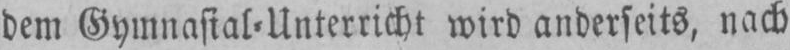
dem Gymnasial⸗Unterricht wird anderseits, nach